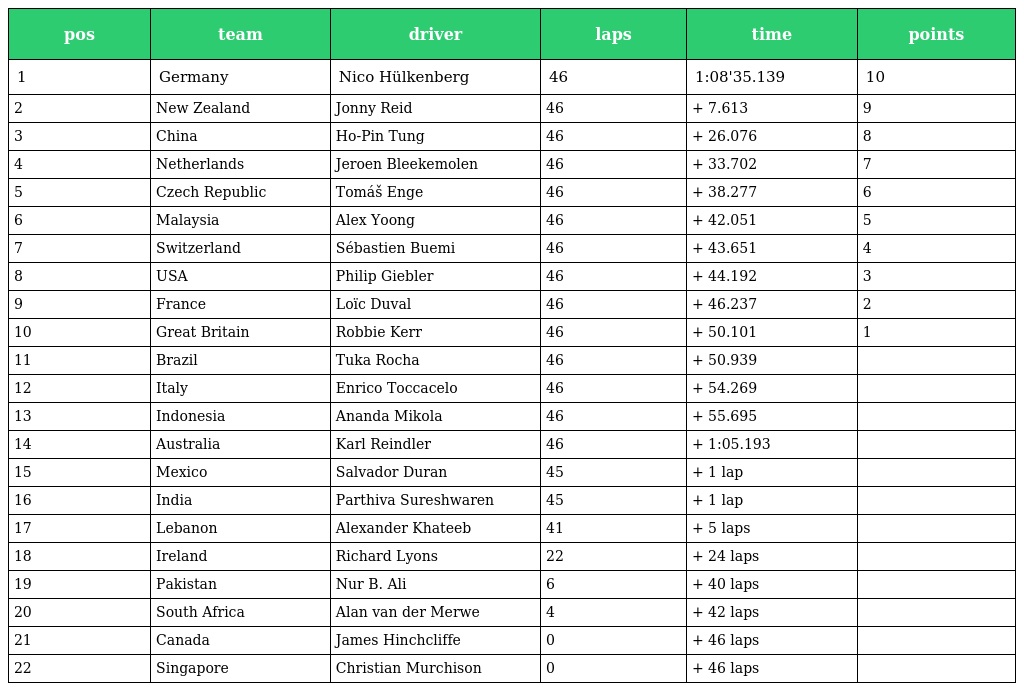
| pos | team | driver | laps | time | points |
 | --- | --- | --- | --- | --- | --- |
 | 1 | Germany | Nico Hülkenberg | 46 | 1:08'35.139 | 10 |
 | 2 | New Zealand | Jonny Reid | 46 | + 7.613 | 9 |
 | 3 | China | Ho-Pin Tung | 46 | + 26.076 | 8 |
 | 4 | Netherlands | Jeroen Bleekemolen | 46 | + 33.702 | 7 |
 | 5 | Czech Republic | Tomáš Enge | 46 | + 38.277 | 6 |
 | 6 | Malaysia | Alex Yoong | 46 | + 42.051 | 5 |
 | 7 | Switzerland | Sébastien Buemi | 46 | + 43.651 | 4 |
 | 8 | USA | Philip Giebler | 46 | + 44.192 | 3 |
 | 9 | France | Loïc Duval | 46 | + 46.237 | 2 |
 | 10 | Great Britain | Robbie Kerr | 46 | + 50.101 | 1 |
 | 11 | Brazil | Tuka Rocha | 46 | + 50.939 |  |
 | 12 | Italy | Enrico Toccacelo | 46 | + 54.269 |  |
 | 13 | Indonesia | Ananda Mikola | 46 | + 55.695 |  |
 | 14 | Australia | Karl Reindler | 46 | + 1:05.193 |  |
 | 15 | Mexico | Salvador Duran | 45 | + 1 lap |  |
 | 16 | India | Parthiva Sureshwaren | 45 | + 1 lap |  |
 | 17 | Lebanon | Alexander Khateeb | 41 | + 5 laps |  |
 | 18 | Ireland | Richard Lyons | 22 | + 24 laps |  |
 | 19 | Pakistan | Nur B. Ali | 6 | + 40 laps |  |
 | 20 | South Africa | Alan van der Merwe | 4 | + 42 laps |  |
 | 21 | Canada | James Hinchcliffe | 0 | + 46 laps |  |
 | 22 | Singapore | Christian Murchison | 0 | + 46 laps |  |